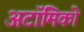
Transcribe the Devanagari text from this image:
अटॉमिको